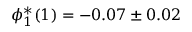
\phi _ { 1 } ^ { * } ( 1 ) = - 0 . 0 7 \pm 0 . 0 2